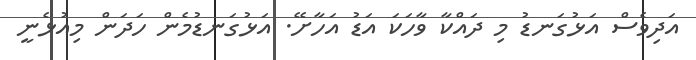
އަދިވެސް އަޅުގަނޑު މި ދައްކާ ވާހަކަ އަޑު އަހާށޭ. އަޅުގަނޑުމެން ހަދަން މިއުޅެނީ